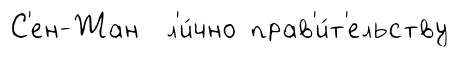
С'ен-Жан л'и́чно прав'и́т'ельству